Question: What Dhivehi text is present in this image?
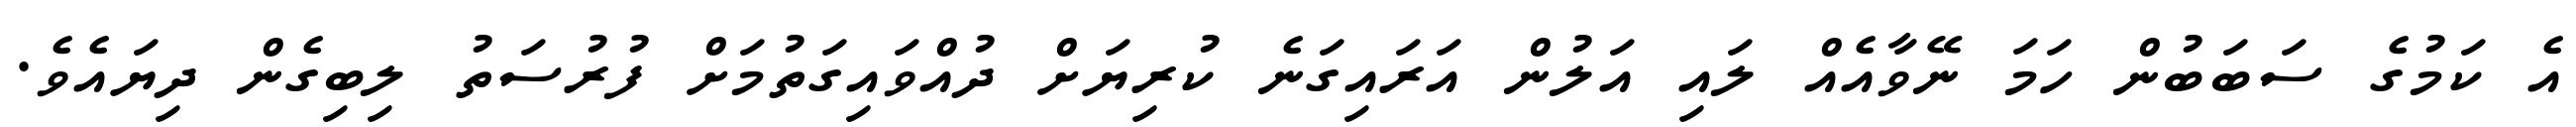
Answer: އެ ކަމުގެ ސަބަބުން ހަމަ ނޭވާއެއް ލައި އަލުން އަރައިގަނެ ކުރިޔަށް ދުއްވައިގަތުމަށް ފުރުސަތު ލިބިގެން ދިޔައެވެ.